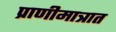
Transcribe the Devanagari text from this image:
प्राणीमात्रात